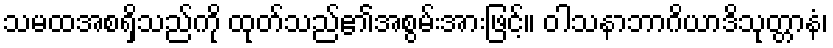
သမထအစရှိသည်ကို ထုတ်သည်၏အစွမ်းအားဖြင့်။ ဝါသနာဘာဂိယာဒိသုတ္တာနံ၊